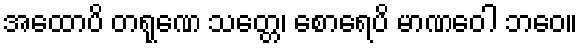
အထောပိ တရုဏေ သတ္တေ၊ စောရေပိ မာဏဝေါ ဘဝေ။